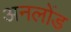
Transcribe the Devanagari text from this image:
अनलोंड